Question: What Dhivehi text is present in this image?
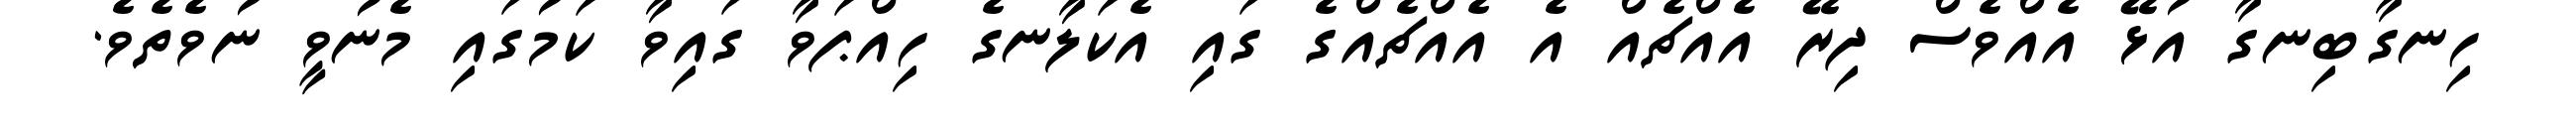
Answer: ހިނގާބިނގާ އުޅޭ އެއްވެސް ދިރޭ އެއްޗެއް އެ އެއްޗެއްގެ ގައި އެކަލާނގެ ހިއްޕަވާ ގައިވާ ކަމުގައި މެނުވީ ނުވެތެވެ.